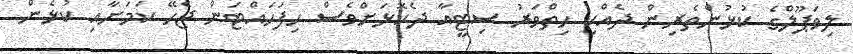
ލިވަޕޫލްގެ ކުޅުންތެރިން ދެއްކި ހިތްވަރު ސިޓީއާ ދެކޮޅަށްވެސް ހިފަހައްޓަން ޖެހޭ ކަމަށާއި ކުޅެން